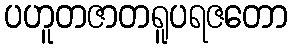
ပဟူတဇာတရူပရဇတော